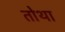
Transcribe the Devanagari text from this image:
तोथा